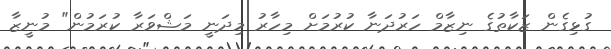
ގުޅިގެން ޒަކާތުގެ ނިޒާމް ހަރުދަނާ ކުރުމަށް މިހާރު މިދަނީ މަޝްވަރާ ކުރަމުން" މުނީޒާ